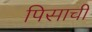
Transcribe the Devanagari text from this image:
पिसाची